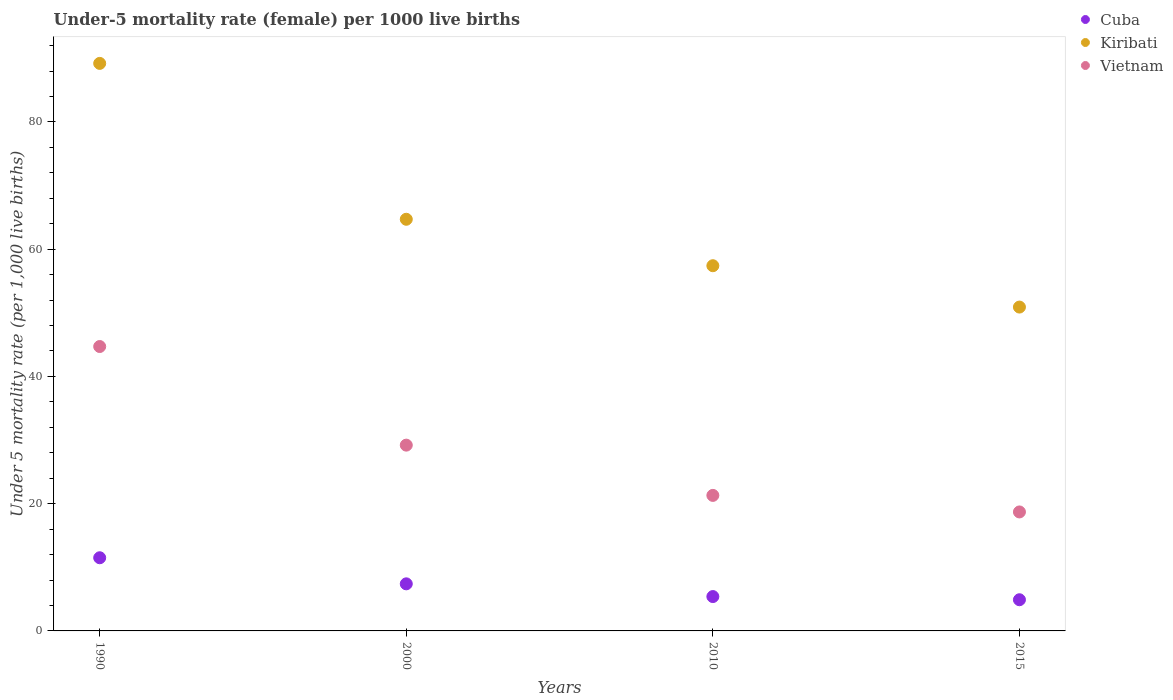
| Years | Cuba | Kiribati | Vietnam |
 | --- | --- | --- | --- |
 | 1990 | 11.5 | 89.2 | 44.7 |
 | 2000 | 7.4 | 64.7 | 29.2 |
 | 2010 | 5.4 | 57.4 | 21.3 |
 | 2015 | 4.9 | 50.9 | 18.7 |